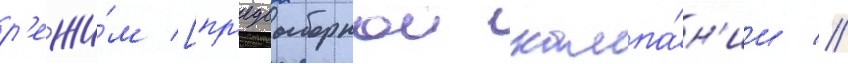
р'ежи́м [пр'едвыборнои кампа́н'ии //